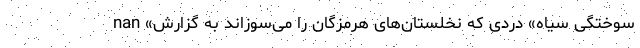
nan «سوختگی سیاه» دردی که نخلستان‌های هرمزگان را می‌سوزاند به گزارش